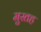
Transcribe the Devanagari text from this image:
मुस्तह